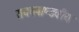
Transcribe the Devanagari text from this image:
राघवपाण्डवीय